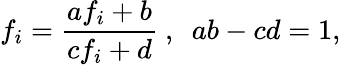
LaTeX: f_{i}=\frac{af_{i}+b}{cf_{i}+d}~,~~ab-cd=1,